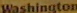
Washington